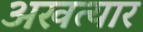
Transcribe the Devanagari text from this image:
अखत्यार